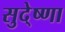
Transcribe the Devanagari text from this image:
सुदे्ष्णा